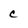
Character: e